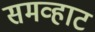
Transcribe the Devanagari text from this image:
समव्हाट